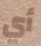
أي